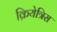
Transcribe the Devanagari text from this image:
क्रियेत्रिस